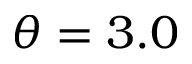
\theta = 3 . 0